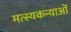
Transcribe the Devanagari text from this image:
मत्स्यकन्याओं